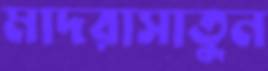
মাদরাসাতুন